Tezpur Lunatic Asylum reports 1895-1904 - 1895-1904
Year: 1895
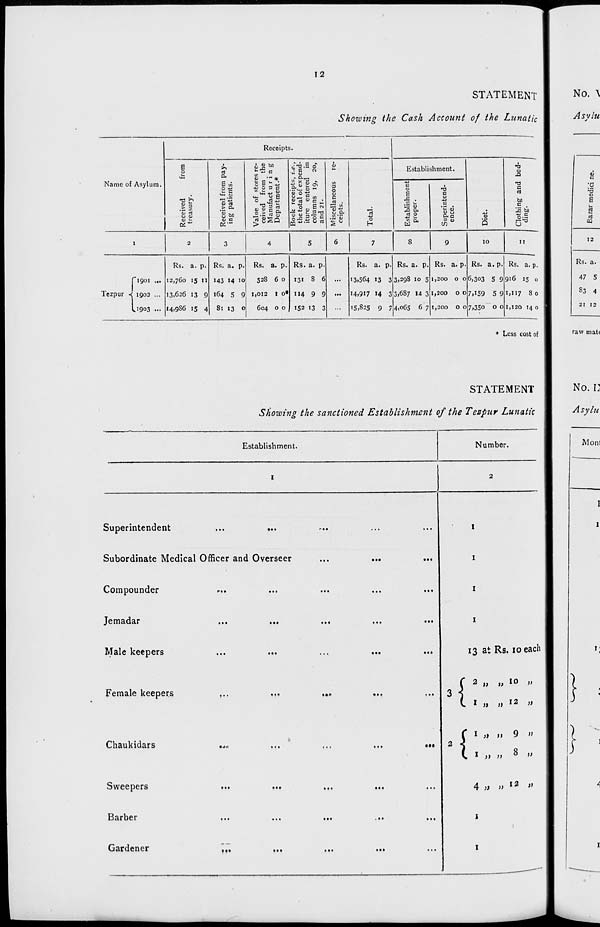
12
STATEMENT
Showing the Cash Account of the Lunatic
Receipts.
Received
from
treasury.
Received from pay-
ing patients.
Value of stores re-
ceived from the
Manufact u r i n g
Department.*
Book receipts, i.e.,
the total of expend-
iture entered in
columns 19, 20,
and 21.
u
3
O
0)
c
« .
4) *•
2 «
"o
H
Establishment.
01
s
bed-
Name of Asylum.
Establishment
proper.
13
c
0)
c
Cu c
3 <D
C/3
's a
CTJ
bo
c
IE ti
U
i
2
3
4
5
6
7
S
9
10
11
r»9oi...
Tezpur -J. 1903 ...
U903 ».
Rs. a. p.
12,760 15 n
13,626 13 9
I4,9S6 15 4
Rs. a. p.
143 »4 10
164 5 9
81 13 0
Rs. a. p.
528 6 0
1,012 I 0*
604 0 0
Rs. a. p.
131 8 6
114 9 9
152 13 3
...
Rs. a. p.
I3.564 13 3
14.917 >4 3
■5,825 9 7
Rs. a. p.
3,298 10 5
3.6S7 14 3
4,065 6 7
Rs. a. p.
1,200 0 0
1,200 0 0
1,200 0 0
Rs. a. p.
6,303 5 9
7,159 5 9
7J35O
0 0
Rs. a. p.
916 15 0
1,117 80
1,120 14 0
T3
v
E
d
03
12
Rs. a.
47 5
83 4
* Less cost of
STATEMENT
Showing the sanctioned Establishment of the Tezpur Lunatic
Establishment.
Superintendent
...
...
Subordinate Medical Officer and Overseer
Compounder
Jemadar
Male keepers
...
Female keepers
...
...
Chaukidars
Sweepers
Barber
Gardener
Number.
13 at Rs. 10 each
f 2 „ „ 10 „
1 1 „ „ 12 „
f 1 » i) 9 »
8 u
4 » » I2 "
»»•
...